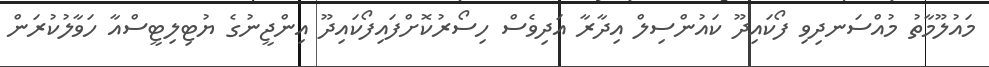
މައުލޫމާތު މުއްސަނދިވި ފޯކައިދޫ ކައުންސިލް އިދާރާ އަދިވެސް ހިސޯރުކޮށްފައިފޯކައިދޫ އިންޖީނުގެ ޔުޓިލިޓީސްއާ ހަވާލުކުރަން